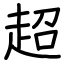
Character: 超